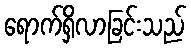
ရောက်ရှိလာခြင်းသည်